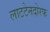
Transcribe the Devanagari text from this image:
लाटटेनदोरफ